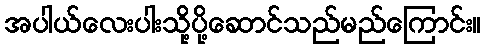
အပါယ်လေးပါးသို့ပို့ဆောင်သည်မည်ကြောင်း။